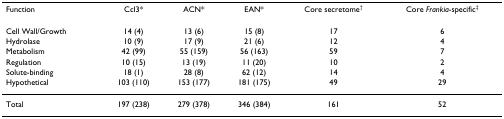
| Function | CcI3* | ACN* | EAN* | Core secretome† | Core Frankia-specific‡ |
 | --- | --- | --- | --- | --- | --- |
 | Cell Wall/Growth | 14 (4) | 13 (6) | 15 (8) | 17 | 6 |
 | Hydrolase | 10 (9) | 17 (9) | 21 (6) | 12 | 4 |
 | Metabolism | 42 (99) | 55 (159) | 56 (163) | 59 | 7 |
 | Regulation | 10 (15) | 13 (19) | 11 (20) | 10 | 2 |
 | Solute-binding | 18 (1) | 28 (8) | 62 (12) | 14 | 4 |
 | Hypothetical | 103 (110) | 153 (177) | 181 (175) | 49 | 29 |
 | Total | 197 (238) | 279 (378) | 346 (384) | 161 | 52 |